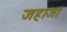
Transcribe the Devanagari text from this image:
जहाजा